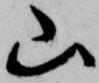
山